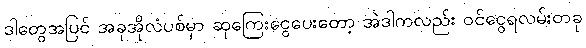
ဒါတွေအပြင် အခုအိုလံပစ်မှာ ဆုကြေးငွေပေးတော့ အဲဒါကလည်း ဝင်ငွေရလမ်းတခု